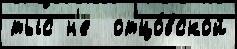
тыс н'е  отцо́вской